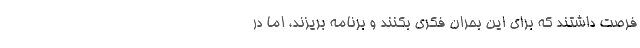
فرصت داشتند که برای این بحران فکری بکنند و برنامه بریزند، اما در